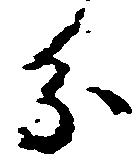
分